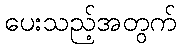
ပေးသည့်အတွက်